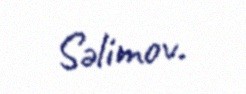
Səlimov.